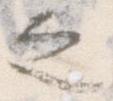
之